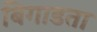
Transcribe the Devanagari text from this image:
बिगाडता